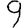
Digit: 9